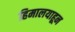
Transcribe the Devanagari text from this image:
हिमालयाहून